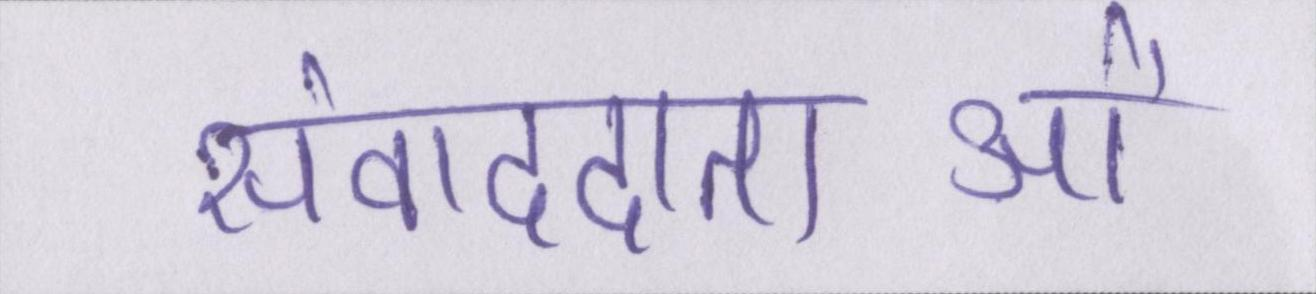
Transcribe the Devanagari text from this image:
संवाददाताओं